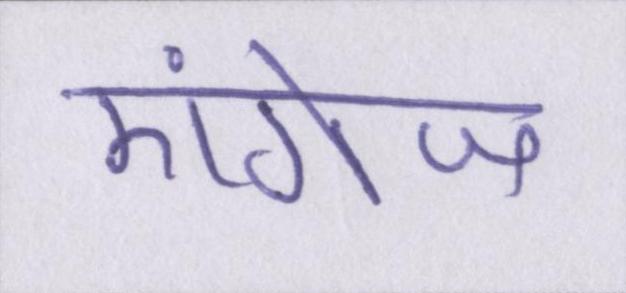
एंगेज